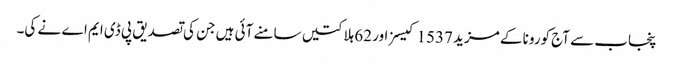
پنجاب سے آج کورونا کے مزید 1537 کیسز اور 62 ہلاکتیں سامنے آئی ہیں جن کی تصدیق پی ڈی ایم اے نے کی۔